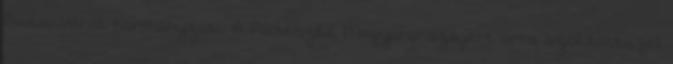
Budai Várat kormányzati. A Párbeszéd Magyarországért arra szólította fel